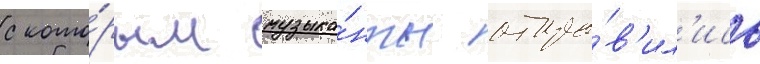
с кото́рым музыка́нты отпра́в'ил'ись